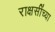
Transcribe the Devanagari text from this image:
राक्षसींच्या